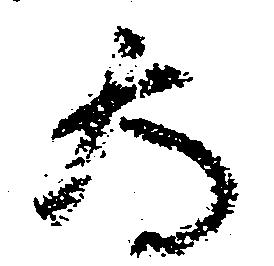
為